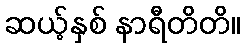
ဆယ့်နှစ် နာရီတိတိ။